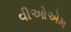
વીઓએમ